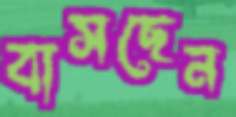
বাসছেন